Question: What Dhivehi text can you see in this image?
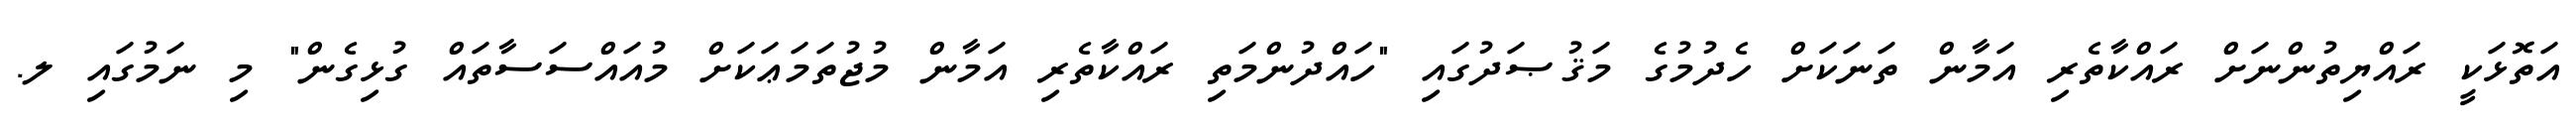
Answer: އަތޮޅަކީ ރައްޔިތުންނަށް ރައްކާތެރި އަމާން ތަނަކަށް ހެދުމުގެ މަޤުޞަދުގައި "ހައްދުންމަތި ރައްކާތެރި އަމާން މުޖުތަމަޢަކަށް މުއައްސަސާތައް ގުޅިގެން" މި ނަމުގައި ލ.